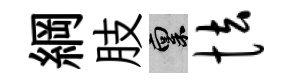
綱肢禀怯